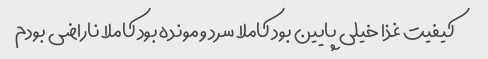
کیفیت غذا خیلی پایین بود کاملا سرد و مونده بود کاملا ناراضی بودم